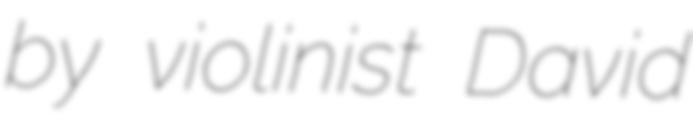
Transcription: by violinist David